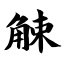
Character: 觫